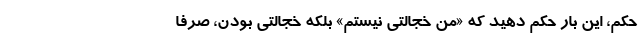
حکم، این بار حکم دهید که «من خجالتی نیستم» بلکه خجالتی بودن، صرفاً